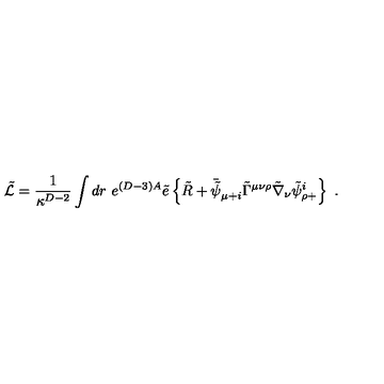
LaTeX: \tilde { \cal L } = { \frac { 1 } { \kappa ^ { D - 2 } } } \int d r \ e ^ { ( D - 3 ) A } \tilde { e } \left\{ \tilde { R } + \bar { \tilde { \psi } } _ { \mu + i } \tilde { \Gamma } ^ { \mu \nu \rho } \tilde { \nabla } _ { \nu } \tilde { \psi } _ { \rho + } ^ { i } \right\} \ .